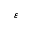
\varepsilon